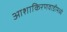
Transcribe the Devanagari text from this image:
आशाकिरणवाडीमध्ये